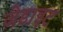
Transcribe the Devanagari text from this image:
जेडाइट